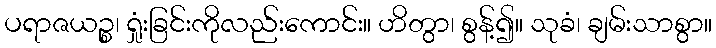
ပရာဇယဉ္စ၊ ရှုံးခြင်းကိုလည်းကောင်း။ ဟိတွာ၊ စွန့်၍။ သုခံ၊ ချမ်းသာစွာ။